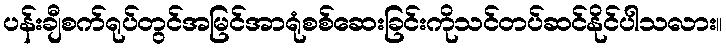
ပန်းချီစက်ရုပ်တွင်အမြင်အာရုံစစ်ဆေးခြင်းကိုသင်တပ်ဆင်နိုင်ပါသလား။